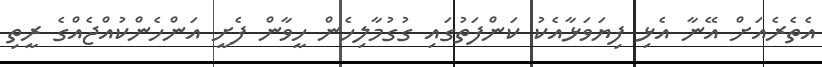
އެތެރެއަށް އޭނާ އެޅި ފިޔަވަޅާއެކު ކަންފަތުގައި ގުގުމާލިހެން ހީވާން ފެށީ އަންހެންކުއްޖެއްގެ ރީތި